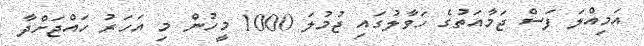
އަމިއްލަ ފަސް ޖަމާއަތުގެ ހަވާލުގައި ޖުމުލަ 1000 މީހުން މި އަހަރު ހައްޖަށްދާ